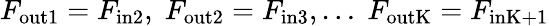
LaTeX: F_{\mathrm{out1}}=F_{\mathrm{in2}},\; F_{\mathrm{out2}}=F_{\mathrm{in3}},\ldots\; F_{\mathrm{outK}}=F_{\mathrm{inK+1}}